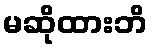
မဆိုထားဘိ